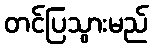
တင်ပြသွားမည်